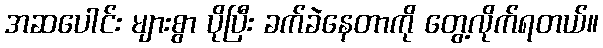
အဆပေါင်း များစွာ ပိုပြီး ခက်ခဲနေတာကို တွေ့လိုက်ရတယ်။